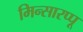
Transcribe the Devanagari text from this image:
मिन्सारप्पू